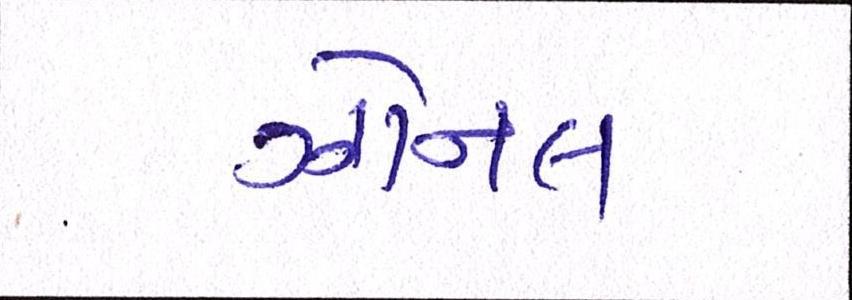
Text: ઝોનલ